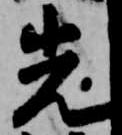
先